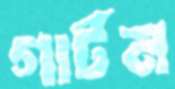
গার্টন